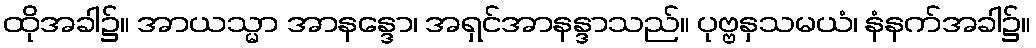
ထိုအခါ၌။ အာယသ္မာ အာနန္ဒော၊ အရှင်အာနန္ဒာသည်။ ပုဗ္ဗနှသမယံ၊ နံနက်အခါ၌။